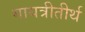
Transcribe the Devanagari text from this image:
गायत्रीतीर्थ